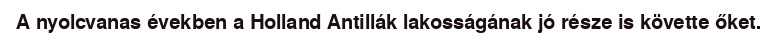
A nyolcvanas években a Holland Antillák lakosságának jó része is követte őket.